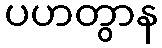
ပဟတွာန